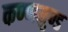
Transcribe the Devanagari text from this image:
कण्णमुण्ड